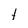
Character: t